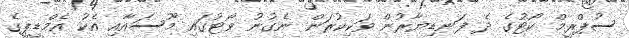
ސުޕްރީމް ކޯޓުގެ ދެ ފަނޑިޔާރުން ވަކިކުރަން ނެގުނު ވޯޓުގައި މޫސައާއި އެކު އެމްޑީޕީގެ